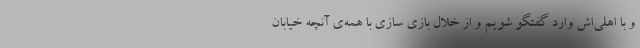
و با اهلی‌اش وارد گفتگو شویم و از خلال بازی سازی با همه‌ی آنچه خیابان